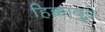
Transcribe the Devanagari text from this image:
हिक्कादुवे